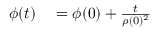
\begin{array} { r l } { \phi ( t ) } & { { } = \phi ( 0 ) + \frac { t } { \rho ( 0 ) ^ { 2 } } } \end{array}